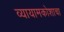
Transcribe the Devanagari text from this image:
व्यायामकोशाचा